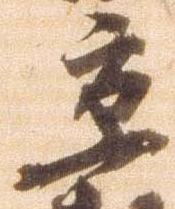
京